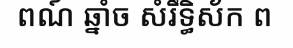
ពណ៍ ឆ្នាំច សំរឹទ្ធិស័ក ព